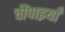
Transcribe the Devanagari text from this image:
चौंपाइयाँ